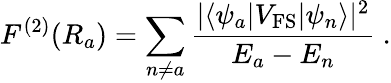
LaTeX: F^{(2)}(R_{a})=\sum_{n\neq a}\frac{|\langle\psi_{a}|V_{\mathrm{FS}}|\psi_{n}\rangle|^{2}}{E_{a}-E_{n}}\ .